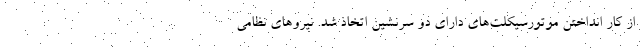
از کار انداختن موتورسیکلت‌های دارای دو سرنشین اتخاذ شد. نیرو‌های نظامی